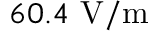
6 0 . 4 ~ \mathrm { V / m }